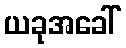
ယခုအခေါ်